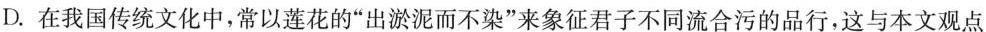
D.在我国传统文化中，常以莲花的”出淤泥而不染”来象征君子不同流合污的品行，这与本文观点